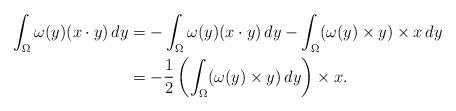
LaTeX: \begin{align*} \int_\Omega \omega(y) (x\cdot y)\, dy & = -\int_\Omega \omega(y) (x\cdot y)\, dy - \int_\Omega (\omega(y) \times y) \times x\, dy \\ & = - \frac 12 \left( \int_\Omega (\omega(y) \times y)\, dy \right) \times x.\end{align*}